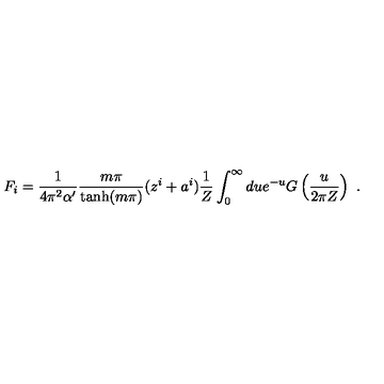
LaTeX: F _ { i } = \frac { 1 } { 4 \pi ^ { 2 } \alpha ^ { \prime } } \frac { m \pi } { \tanh ( m \pi ) } ( z ^ { i } + a ^ { i } ) \frac { 1 } { Z } \int _ { 0 } ^ { \infty } d u e ^ { - u } G \left( \frac { u } { 2 \pi Z } \right) \ .